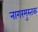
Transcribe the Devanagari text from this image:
नागरमुस्तक